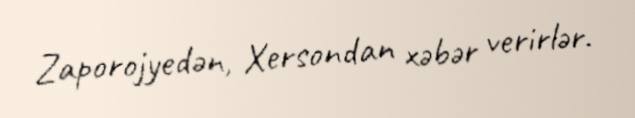
Zaporojyedən, Xersondan xəbər verirlər.